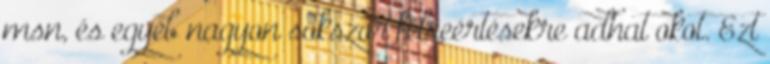
msn, és egyéb nagyon sokszor félreértésekre adhat okot. Ezt